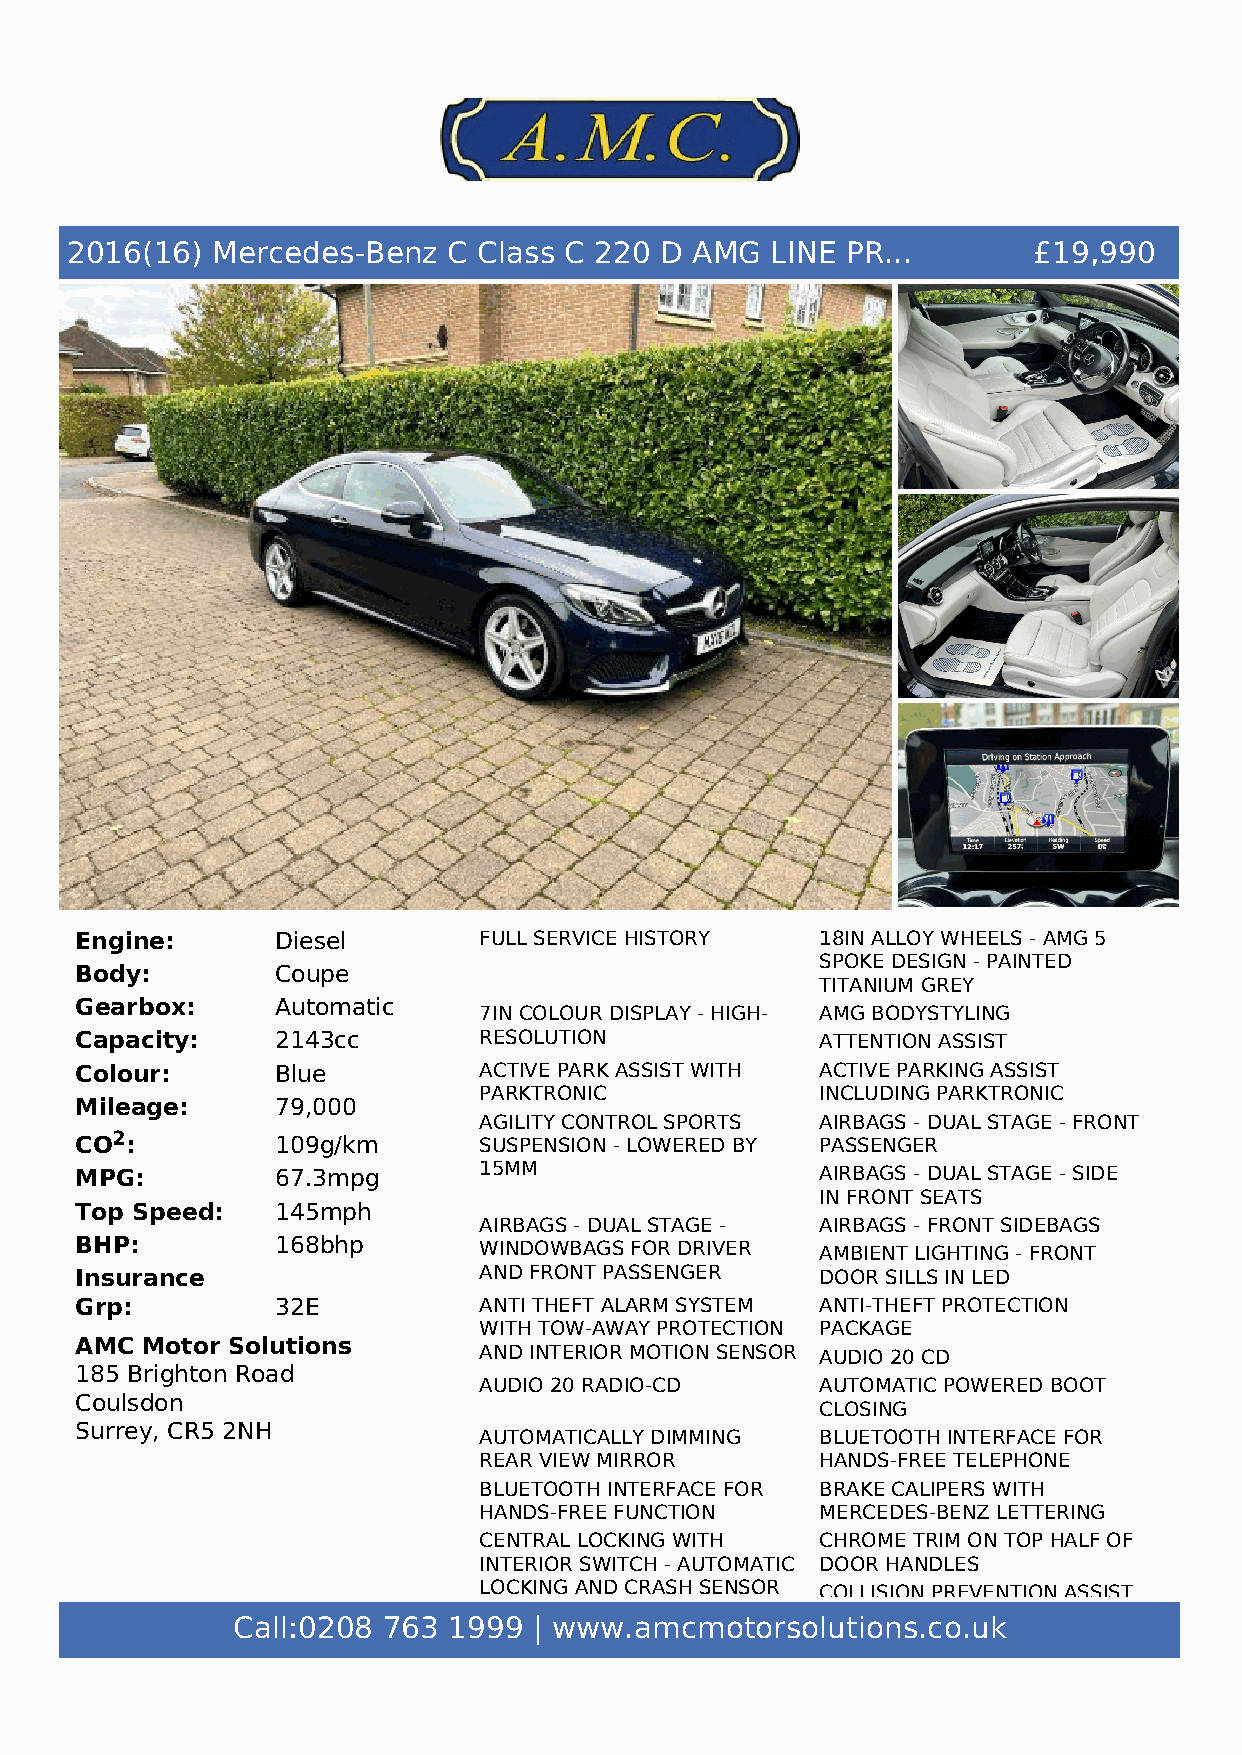
2016(16)  Mercedes-Benz   C Class C 220 D AMG  LINE PR...       £19,990
 Engine:      Diesel        FULL SERVICE HISTORY  18IN ALLOY WHEELS - AMG 5
 SPOKE DESIGN - PAINTED
 Body:        Coupe
 TITANIUM GREY
 Gearbox:     Automatic
 7IN COLOUR DISPLAY - HIGH- AMG BODYSTYLING
 Capacity:    2143cc        RESOLUTION            ATTENTION ASSIST
 Colour:      Blue          ACTIVE PARK ASSIST WITH ACTIVE PARKING ASSIST
 PARKTRONIC            INCLUDING PARKTRONIC
 Mileage:     79,000
 AGILITY CONTROL SPORTS AIRBAGS - DUAL STAGE - FRONT
 CO2:         109g/km       SUSPENSION - LOWERED BY PASSENGER
 MPG:         67.3mpg       15MM                  AIRBAGS - DUAL STAGE - SIDE
 IN FRONT SEATS
 Top Speed:   145mph
 AIRBAGS - DUAL STAGE - AIRBAGS - FRONT SIDEBAGS
 BHP:         168bhp        WINDOWBAGS FOR DRIVER AMBIENT LIGHTING - FRONT
 Insurance                  AND FRONT PASSENGER   DOOR SILLS IN LED
 Grp:         32E           ANTI THEFT ALARM SYSTEM ANTI-THEFT PROTECTION
 WITH TOW-AWAY PROTECTION PACKAGE
 AMC Motor Solutions
 AND INTERIOR MOTION SENSOR AUDIO 20 CD
 185 Brighton Road
 AUDIO 20 RADIO-CD     AUTOMATIC POWERED BOOT
 Coulsdon
 CLOSING
 Surrey, CR5 2NH
 AUTOMATICALLY DIMMING BLUETOOTH INTERFACE FOR
 REAR VIEW MIRROR      HANDS-FREE TELEPHONE
 BLUETOOTH INTERFACE FOR BRAKE CALIPERS WITH
 HANDS-FREE FUNCTION   MERCEDES-BENZ LETTERING
 CENTRAL LOCKING WITH  CHROME TRIM ON TOP HALF OF
 INTERIOR SWITCH - AUTOMATIC DOOR HANDLES
 LOCKING AND CRASH SENSOR COLLISION PREVENTION ASSIST
 WITH EMERGENCY OPENING PLUS
 Call:0208 763  1999 | www.amcmotorsolutions.co.uk
 FUNCTION
 CRUISE CONTROL WITH
 SPEEDTRONIC VARIABLE SPEED